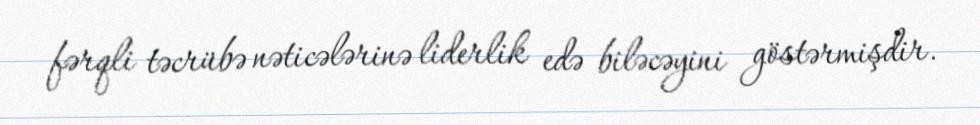
fərqli təcrübə nəticələrinə liderlik edə biləcəyini göstərmişdir.